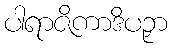
ပါရာဇိကာဒိပဉှာ